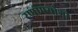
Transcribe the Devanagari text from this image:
रणोपयोगी